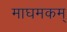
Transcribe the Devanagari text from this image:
माघमकम्